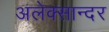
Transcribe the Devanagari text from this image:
अलेक्सान्दर